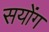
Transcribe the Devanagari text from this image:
सयोंग